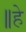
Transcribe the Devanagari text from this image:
॥हे